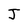
Character: J